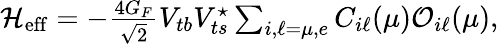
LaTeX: \begin{array}{r}{{\cal H}_{\mathrm{eff}}=-\frac{4G_{F}}{\sqrt{2}}V_{tb}V_{ts}^{\star}\sum_{i,\ell=\mu,e}C_{i\ell}(\mu){\cal O}_{i\ell}(\mu),}\end{array}